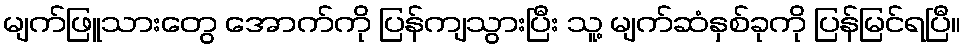
မျက်ဖြူသားတွေ အောက်ကို ပြန်ကျသွားပြီး သူ့ မျက်ဆံနှစ်ခုကို ပြန်မြင်ရပြီ။